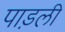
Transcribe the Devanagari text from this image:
पाड़ली